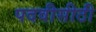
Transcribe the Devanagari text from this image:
पदवीसीठी